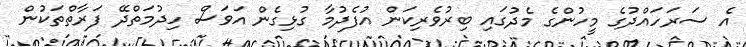
އެ ސަރަހައްދުގެ މީހުންގެ މެދުގައި ބިރުވެރިކަން އުފެދުމާ ގުޅިގެން އަވަސް ހިދުމަތްދޭ ފަރާތްތަކުން